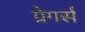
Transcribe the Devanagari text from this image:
ग्रेगर्स